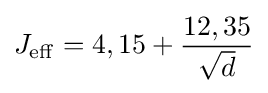
J_{\mathrm {eff} }=4,15+{\frac {12,35}{\sqrt {d}}}